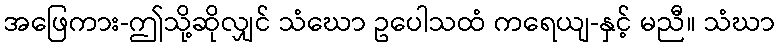
အဖြေကား-ဤသို့ဆိုလျှင် သံဃော ဥပေါသထံ ကရေယျ-နှင့် မညီ။ သံဃာ